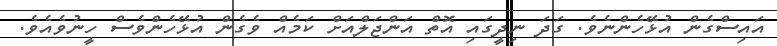
އައިސްގެން އުޅޭހެންނެވެ. ގަދަ ނިދީގައި އޮތް އަންޖަލްއަށް ކަމެއް ވެގެން އުޅޭހެންވެސް ހީނުވެއެވެ.